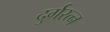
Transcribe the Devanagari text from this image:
दुर्गरत्‍न